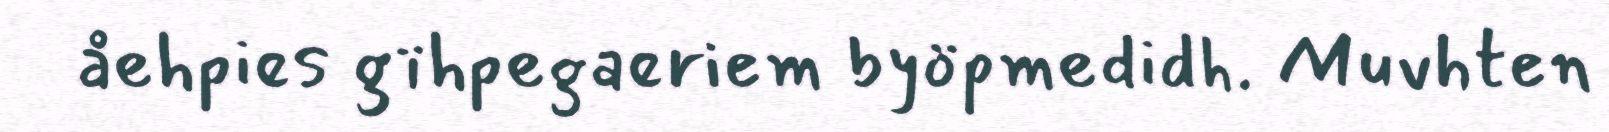
åehpies gïhpegaeriem byöpmedidh. Muvhten